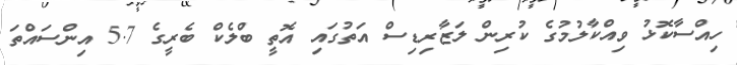
ހިއްސާކޮޅު ވިއްކާލުމުގެ ކުރިން ލަޒާރިޑިސް އަތުގައި އޮތީ ބްލެކް ބެރީގެ 5.7 އިންސައްތަ